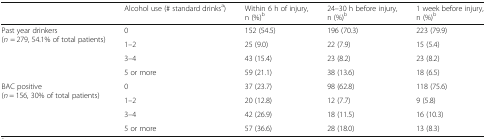
<table><thead><tr><td></td><td><b>Alcohol use (# standard drinks<sup>a</sup>)</b></td><td><b>Within 6 h of injury, n (%)<sup>b</sup></b></td><td><b>24–30 h before injury, n (%)<sup>b</sup></b></td><td><b>1 week before injury, n (%)<sup>b</sup></b></td></tr></thead><tbody><tr><td rowspan="4">Past year drinkers (<i>n</i> = 279, 54.1% of total patients)</td><td>0</td><td>152 (54.5)</td><td>196 (70.3)</td><td>223 (79.9)</td></tr><tr><td>1–2</td><td>25 (9.0)</td><td>22 (7.9)</td><td>15 (5.4)</td></tr><tr><td>3–4</td><td>43 (15.4)</td><td>23 (8.2)</td><td>23 (8.2)</td></tr><tr><td>5 or more</td><td>59 (21.1)</td><td>38 (13.6)</td><td>18 (6.5)</td></tr><tr><td rowspan="4">BAC positive (<i>n</i> = 156, 30% of total patients)</td><td>0</td><td>37 (23.7)</td><td>98 (62.8)</td><td>118 (75.6)</td></tr><tr><td>1–2</td><td>20 (12.8)</td><td>12 (7.7)</td><td>9 (5.8)</td></tr><tr><td>3–4</td><td>42 (26.9)</td><td>18 (11.5)</td><td>16 (10.3)</td></tr><tr><td>5 or more</td><td>57 (36.6)</td><td>28 (18.0)</td><td>13 (8.3)</td></tr></tbody></table>